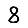
Digit: 8